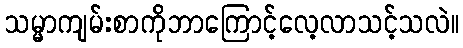
သမ္မာကျမ်းစာကိုဘာကြောင့်လေ့လာသင့်သလဲ။